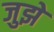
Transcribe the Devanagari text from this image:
जुझे